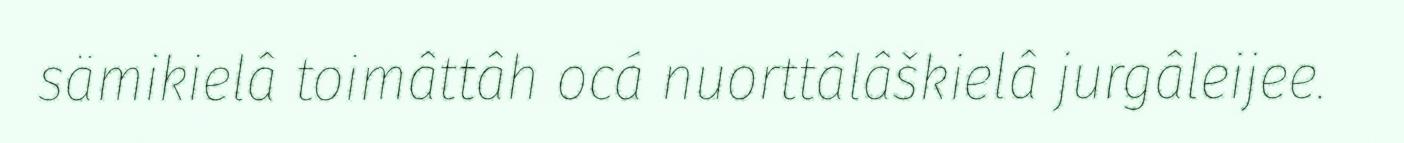
sämikielâ toimâttâh ocá nuorttâlâškielâ jurgâleijee.